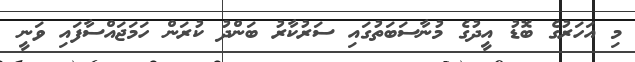
މި އަހަރުގެ ބޮޑު އީދުގެ މުނާސަބަތުގައި ސަރުކާރު ބަންދު ކުރަން ހަމަޖައްސާފައި ވަނީ